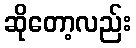
ဆိုတော့လည်း